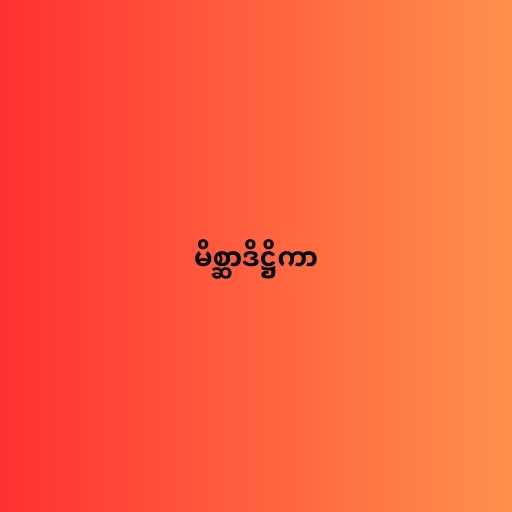
မိစ္ဆာဒိဋ္ဌိကာ